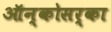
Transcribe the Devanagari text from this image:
ऑन्कोसर्का